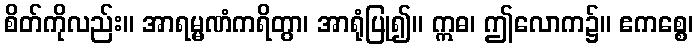
စိတ်ကိုလည်း။ အာရမ္မဏံကရိတွာ၊ အာရုံပြု၍။ ဣဓ၊ ဤလောက၌။ ဧကစ္စေ၊